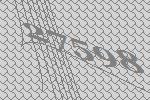
27598